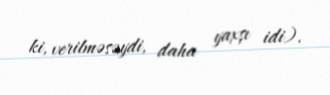
ki, verilməsəydi, daha yaxşı idi).